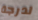
لدرجة